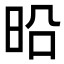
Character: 㫟